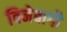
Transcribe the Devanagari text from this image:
विनेबागौ